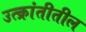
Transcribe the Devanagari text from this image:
उत्क्रांतीतील